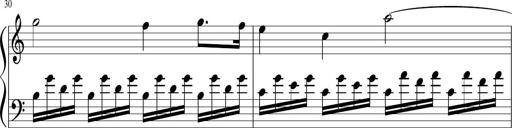
Title: Sonatina di Santa Gemma, JKB 12
Composer: Jason Baruk
Key: F major